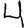
Digit: 4